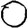
Digit: 0